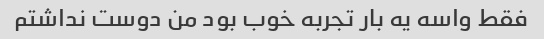
فقط واسه یه بار تجربه خوب بود من دوست نداشتم